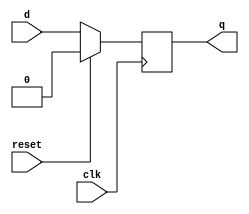
module synchronous_reset_d_ff (
    input wire clk,
    input wire reset,
    input wire d,
    output reg q
);

always @(posedge clk) begin
    if (reset) begin
        q <= 1'b0;
    end else begin
        q <= d;
    end
end

endmodule